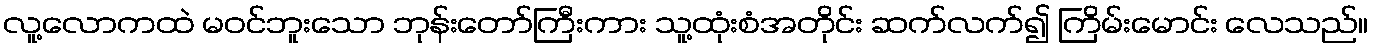
လူ့လောကထဲ မဝင်ဘူးသော ဘုန်းတော်ကြီးကား သူ့ထုံးစံအတိုင်း ဆက်လက်၍ ကြိမ်းမောင်း လေသည်။